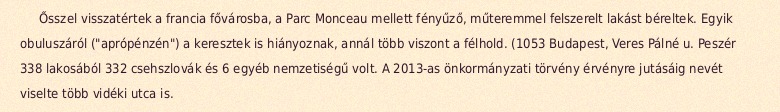
Ősszel visszatértek a francia fővárosba, a Parc Monceau mellett fényűző, műteremmel felszerelt lakást béreltek. Egyik obuluszáról ("aprópénzén") a keresztek is hiányoznak, annál több viszont a félhold. (1053 Budapest, Veres Pálné u. Peszér 338 lakosából 332 csehszlovák és 6 egyéb nemzetiségű volt. A 2013-as önkormányzati törvény érvényre jutásáig nevét viselte több vidéki utca is.